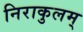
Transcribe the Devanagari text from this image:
निराकुलम्